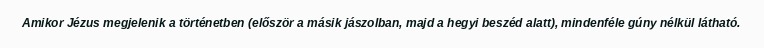
Amikor Jézus megjelenik a történetben (először a másik jászolban, majd a hegyi beszéd alatt), mindenféle gúny nélkül látható.